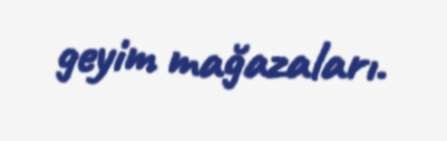
geyim mağazaları.